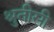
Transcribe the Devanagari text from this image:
श्रुतीसी